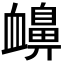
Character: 𧗗